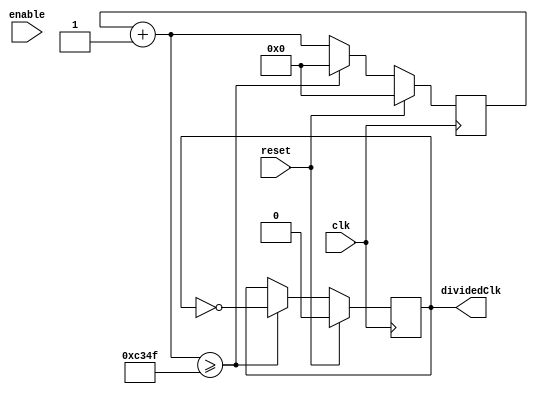
`timescale 1ns / 1ps
//////////////////////////////////////////////////////////////////////////////////
// Company: 
// Engineer: 
// 
// Design Name: 
// Module Name: integer_clockDivider
// Project Name: 
// Target Devices: 
// Tool Versions: 
// Description: 
// 
// Dependencies: 
// 
// Revision:
// Revision 0.01 - File Created
// Additional Comments:
// 
//////////////////////////////////////////////////////////////////////////////////


module integer_clockDivider  
#(parameter integer THRESHOLD=50000)
(
    input wire clk,
    input wire enable,
    input wire reset,
    output reg dividedClk
    );
    
    reg [31:0] counter;
    always @(posedge clk) begin
    counter = counter + 1;
     if (reset == 1) begin
     dividedClk = 0;
     counter = 0;
     end else if (counter >= THRESHOLD-1) begin
     dividedClk = ~dividedClk;
     counter = 0;
     end
     end
    
endmodule